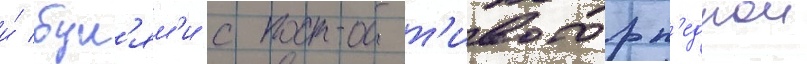
и́ бул'ям'и с прот'ивоторп'еднои